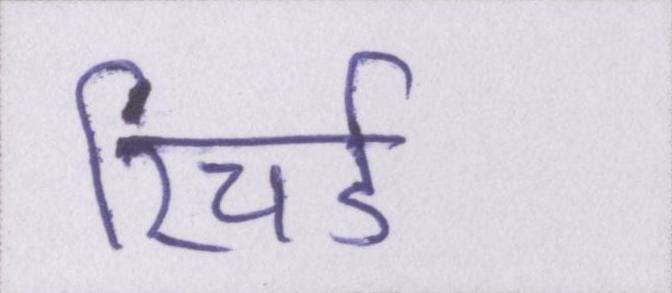
रिचर्ड